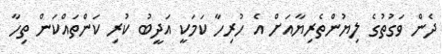
ދެން ވަގުތުގެ ލިޔުންތެރިޔާއަށް އެ ހުރިހާ ކަމަކީ އަދީބު ކުރި ކަންތައްކަން ތިހާ